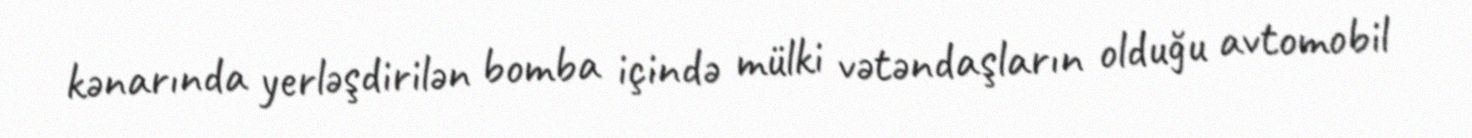
kənarında yerləşdirilən bomba içində mülki vətəndaşların olduğu avtomobil